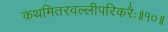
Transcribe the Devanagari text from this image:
कथमितरवल्लीपरिकरैः॥१०॥